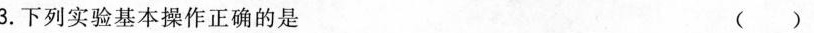
3.下列实验基本操作正确的是 ()